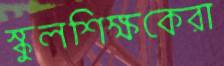
স্কুলশিক্ষকেরা